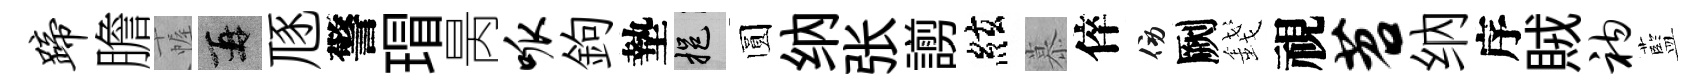
蹄膽幄再豗警瑁昺呱鉤墊挹圆纳张謭絃慕倅傍劂錢視苕纳序賊衲藍